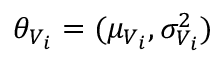
\theta _ { V _ { i } } = ( \mu _ { V _ { i } } , \sigma _ { V _ { i } } ^ { 2 } )